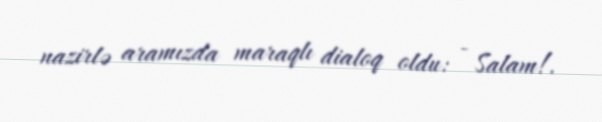
nazirlə aramızda maraqlı dialoq oldu: - Salam!.